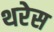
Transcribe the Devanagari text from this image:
थरेस